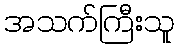
အသက်ကြီးသူ